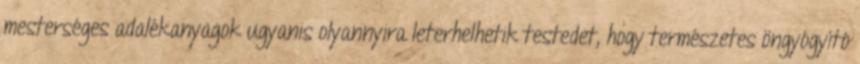
mesterséges adalékanyagok ugyanis olyannyira leterhelhetik testedet, hogy természetes öngyógyító